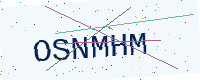
Text: OSNMHM